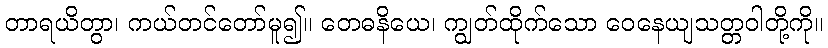
တာရယိတွာ၊ ကယ်တင်တော်မူ၍။ တေဓနိယေ၊ ကျွတ်ထိုက်သော ဝေနေယျသတ္တဝါတို့ကို။